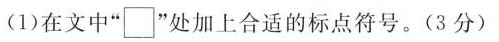
(1)在文中”□”处加上合适的标点符号。(3分)